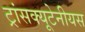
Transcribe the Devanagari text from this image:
ट्रांसक्यूटेनीयस